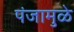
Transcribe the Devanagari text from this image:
पंजामुळे